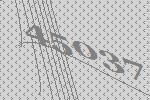
45037